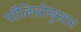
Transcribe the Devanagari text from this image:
पॉलिसीनुसार